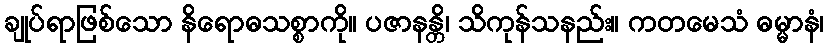
ချုပ်ရာဖြစ်သော နိရောဓသစ္စာကို။ ပဇာနန္တိ၊ သိကုန်သနည်း။ ကတမေသံ ဓမ္မာနံ၊